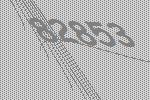
82853